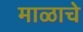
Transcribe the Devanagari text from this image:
माळाचे